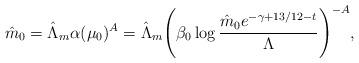
LaTeX: \begin{align*}\hat m_{0}=\hat \Lambda_{m}\alpha(\mu_{0})^{A}=\hat\Lambda_{m}\Biggl(\beta_{0}\log{\hat m_{0} e^{-\gamma+13/12-t} \over\Lambda}\Biggl)^{-A},\end{align*}